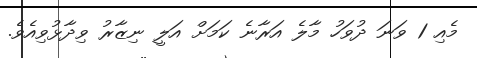
މެއި 1 ވަނަ ދުވަހު މާލެ އަރާނެ ކަމަށް އަލީ ނިޒާރު ވިދާޅުވިއެވެ.